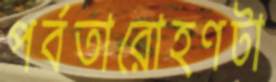
পর্বতারোহণটা